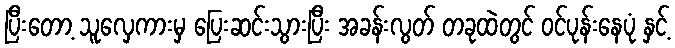
ပြီးတော့ သူလှေကားမှ ပြေးဆင်းသွားပြီး အခန်းလွတ် တခုထဲတွင် ဝင်ပုန်းနေပုံ နှင့်